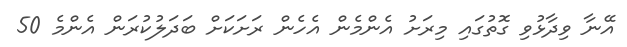
އޭނާ ވިދާޅުވި ގޮތުގައި މިރަށު އެންމެން އެހެން ރަށަކަށް ބަދަލުކުރަން އެންމެ 50